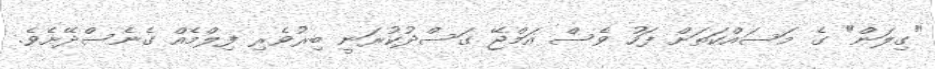
"ގިލަން" ގެ މަސައްކަތަށް ފަހު ވެސް އަމްޖޭ ގަސްދުކުރަނީ ބިރުވެރި ފިލްމެއް ގެނެސްދޭށެވެ.